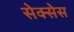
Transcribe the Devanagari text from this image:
सेक्सेस